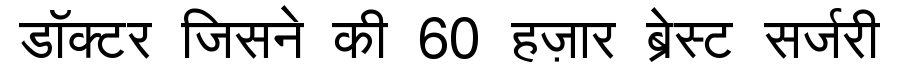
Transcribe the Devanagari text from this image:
डॉक्टर जिसने की 60 हज़ार ब्रेस्ट सर्जरी